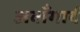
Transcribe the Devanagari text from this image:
अवाँगार्द